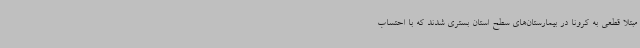
مبتلا قطعی به کرونا در بیمارستان‌های سطح استان بستری شدند که با احتساب